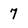
Character: 7